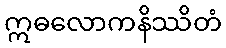
ဣဓလောကနိဿိတံ